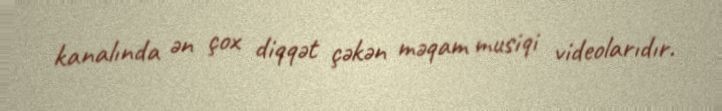
kanalında ən çox diqqət çəkən məqam musiqi videolarıdır.